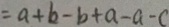
= a + b - b + a - a - c